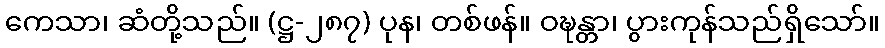
ကေသာ၊ ဆံတို့သည်။ (ဋ္ဌ-၂၈၇) ပုန၊ တစ်ဖန်။ ဝဍ္ဎန္တာ၊ ပွားကုန်သည်ရှိသော်။